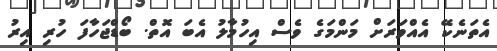
އެތަނެކޭ އެއްވަރަށް މަންމަގެ ވެސް އިހުމާލު އެބަ އޮތް. ބޯޑްޖަހާފަ ހުރި އިރު